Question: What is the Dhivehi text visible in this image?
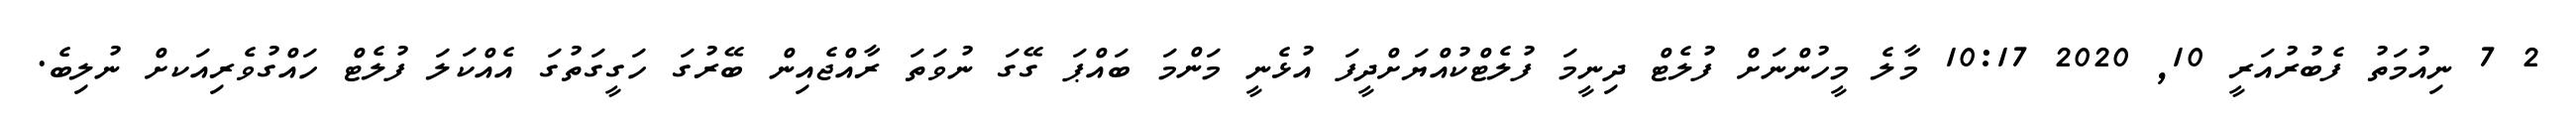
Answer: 2 7 ނިއުމަތު ފެބުރުއަރީ 10, 2020 10:17 މާލެ މީހުންނަށް ފުލެޓް ދިނީމަ ފުލެޓްކުއްޔަށްދީފަ އުޅެނީ މަންމަ ބައްޕަ ގޭގަ ނުވަތަ ރާއްޖެއިން ބޭރުގަ ހަގީގަތުގަ އެއްކަލަ ފުލެޓް ހައްގުވެރިއަކށް ނުލިބެ.